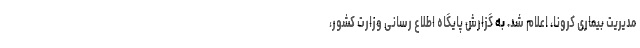
مدیریت بیماری کرونا، اعلام شد. به گزارش پایگاه اطلاع رسانی وزارت کشور،